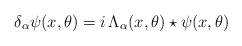
\begin{align*}\delta_\alpha \psi(x,\theta) = i \, \Lambda_\alpha(x,\theta) \star \psi(x,\theta) \end{align*}